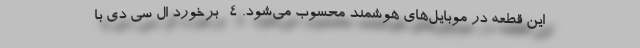
این قطعه در موبایل‌های هوشمند محسوب می‌شود. 4- برخورد ال سی دی با